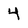
Character: 4